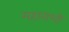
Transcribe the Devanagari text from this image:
महाराशी